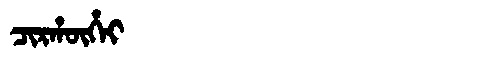
Manchu: ᠴᡳᡵᡥᡡᡥᠠᡳ
Romanization: CIRHŪHAI